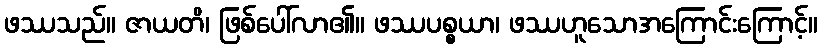
ဖဿသည်။ ဇာယတိ၊ ဖြစ်ပေါ်လာ၏။ ဖဿပစ္စယာ၊ ဖဿဟူသောအကြောင်းကြောင့်။